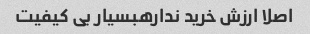
اصلا ارزش خرید ندارهبسیار بی کیفیت